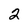
Character: 2